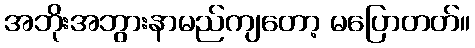
အဘိုးအဘွားနာမည်ကျတော့ မပြောတတ်။